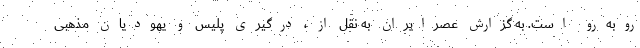
روبه‌رو است. به گزارش عصرایران به نقل از ، درگیری پلیس و یهودیان مذهبی